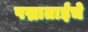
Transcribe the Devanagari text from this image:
पद्माताईंचे